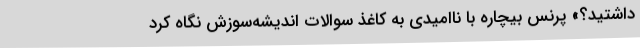
داشتید؟» پرنس بیچاره با ناامیدی به کاغذ سوالات اندیشه‌سوزش نگاه کرد